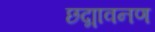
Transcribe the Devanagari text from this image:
छद्मावनण